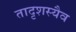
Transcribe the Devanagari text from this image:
तादृशस्यैव